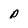
Character: P